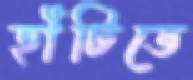
হাঁটিতে